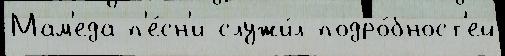
Мам'еда п'е́сн'и служи́л подро́бност'ей